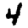
Digit: 4